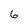
Character: 6